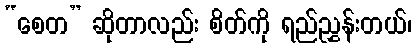
“စေတ” ဆိုတာလည်း စိတ်ကို ရည်ညွှန်းတယ်၊